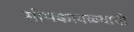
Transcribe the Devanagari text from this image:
सोमकावळ्याची